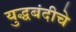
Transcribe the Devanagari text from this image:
युद्धबंदीचे